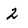
Character: 2